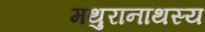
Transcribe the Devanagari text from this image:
मथुरानाथस्य